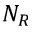
N _ { R }